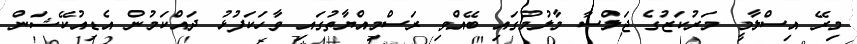
މިރޭ އިސްލާމީ މަރުކަޒުގެ ޖަލްސާ މާލުމުގައި ބޭއްވި ރަސްމިއްޔާތުގައި ވާހަކަފުޅު ދައްކަމުން އެޑިއުކޭޝަން